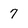
Character: 7